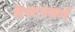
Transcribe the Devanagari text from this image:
वेस्टरबर्ग